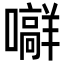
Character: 𪢟